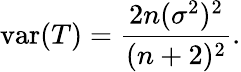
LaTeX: \operatorname{var}(T)={\frac{2n(\sigma^{2})^{2}}{(n+2)^{2}}}.